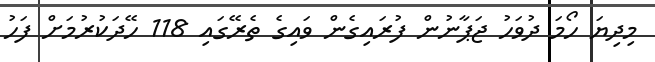
މިދިޔަ ހޯމަ ދުވަހު ޖަޕާނުން ފުރައިގެން ވައިގެ ތެރޭގައި 118 ހޭދަކުރުމަށް ފަހު